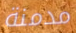
مدمنة